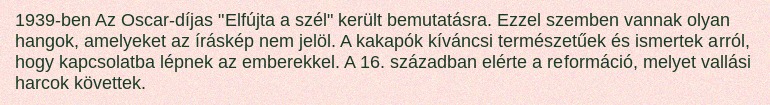
1939-ben Az Oscar-díjas "Elfújta a szél" került bemutatásra. Ezzel szemben vannak olyan hangok, amelyeket az íráskép nem jelöl. A kakapók kíváncsi természetűek és ismertek arról, hogy kapcsolatba lépnek az emberekkel. A 16. században elérte a reformáció, melyet vallási harcok követtek.